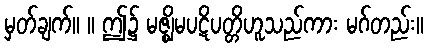
မှတ်ချက်။ ။ ဤ၌ မဇ္ဈိမပဋိပတ္တိဟူသည်ကား မဂ်တည်း။